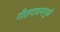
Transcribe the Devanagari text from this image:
गीतगायनामुळे